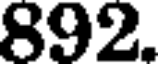
892.